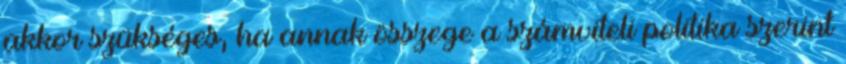
akkor szükséges, ha annak összege a számviteli politika szerint